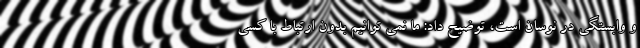
و وابستگی در نوسان است، توضیح داد: ما نمی توانیم بدون ارتباط با کسی